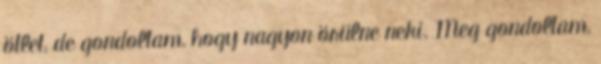
ötlet, de gondoltam, hogy nagyon örülne neki. Meg gondoltam,